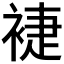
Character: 𧚨